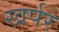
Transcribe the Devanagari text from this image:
खर्पर